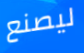
ليصنع